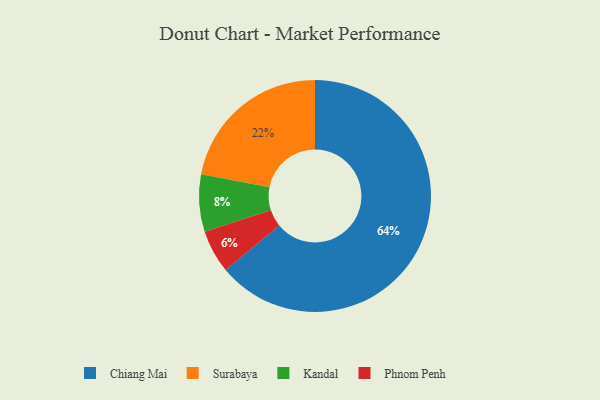
{"axis": {"x": "Category", "y": "Percentage"}, "legend": ["Chiang Mai", "Kandal", "Phnom Penh", "Surabaya"], "data": [{"x": "Phnom Penh", "y": 6, "type": "Phnom Penh"}, {"x": "Surabaya", "y": 22, "type": "Surabaya"}, {"x": "Kandal", "y": 8, "type": "Kandal"}, {"x": "Chiang Mai", "y": 64, "type": "Chiang Mai"}]}